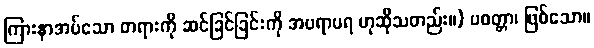
ကြားနာအပ်သော တရားကို ဆင်ခြင်ခြင်းကို အပရာပရ ဟုဆိုသတည်း။) ပဝတ္တာ၊ ဖြစ်သော။